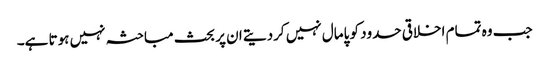
جب وہ تمام اخلاقی حدود کو پامال نہیں کردیتے ان پر بحث مباحثہ نہیں ہوتا ہے۔